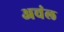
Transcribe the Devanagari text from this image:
अचंल